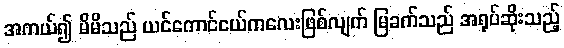
အကယ်၍ မိမိသည် ယင်ကောင်ငယ်ကလေးဖြစ်လျက် မြခက်သည် အရုပ်ဆိုးသည့်